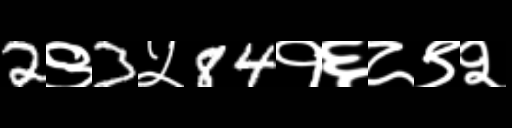
Text: 2९3५84१६८९२